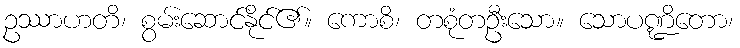
ဥဿာဟတိ၊ စွမ်းဆောင်နိုင်၏။ ကောစိ၊ တစုံတဦးသော။ သောပဏ္ဍိတော၊